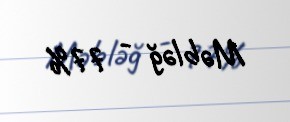
Məbləğ - 77%